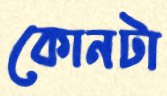
কোনটা